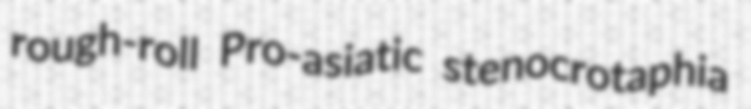
rough-roll Pro-asiatic stenocrotaphia